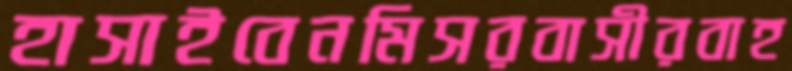
হাসাইবেনমিসরবাসীরবাহ